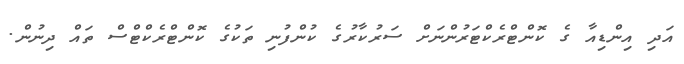
އަދި އިންޑިއާ ގެ ކޮންޓްރެކްޓަރުންނަށް ސަރުކާރުގެ ކުންފުނި ތަކުގެ ކޮންޓްރެކްޓްސް ތައް ދިނުން.